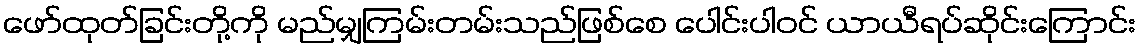
ဖော်ထုတ်ခြင်းတို့ကို မည်မျှကြမ်းတမ်းသည်ဖြစ်စေ ပေါင်းပါဝင် ယာယီရပ်ဆိုင်းကြောင်း